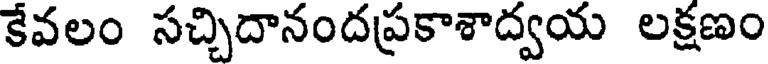
కేవలం సచ్చిదానందప్రకాశాద్వయ లక్షణం